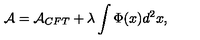
{ \cal A } = { \cal A } _ { C F T } + \lambda \int \Phi ( x ) d ^ { 2 } x ,